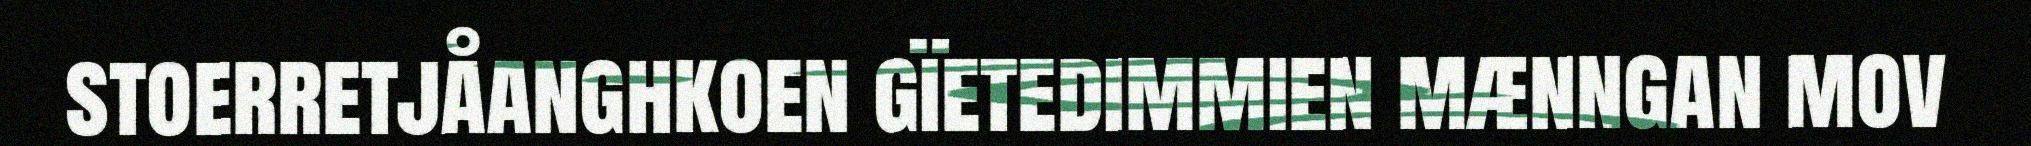
stoerretjåanghkoen gïetedimmien mænngan mov